Lunatic asylums Bombay report 1891-1903 - 1891-1903
Year: 1891
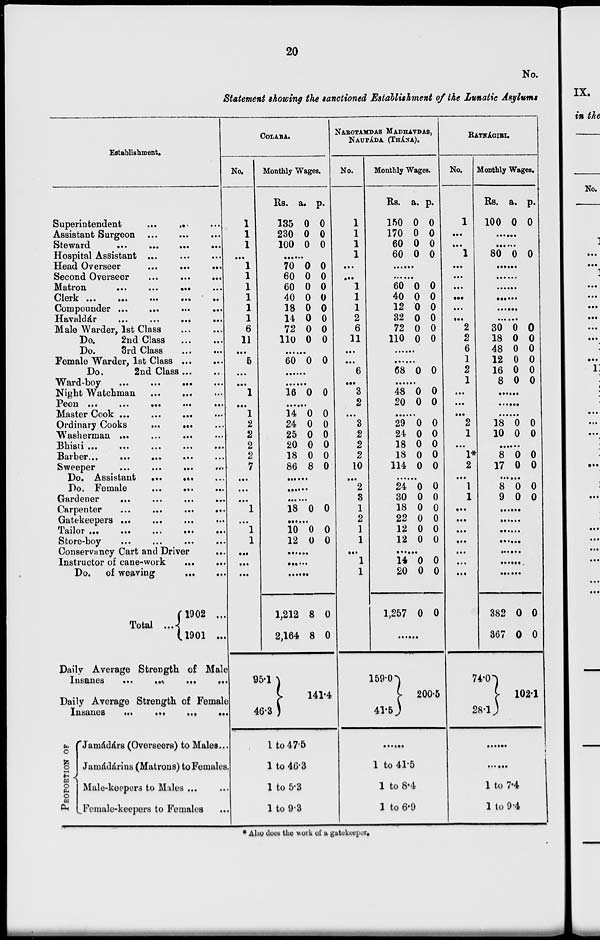
20
No.
Statement showing the sanctioned Establishment of the Lunatic Asylums
Establishment.
Superintendent ... ... ...
Assistant Surgeon ... ... ...
Steward
...
...
...
...
Hospital Assistant ... ... ...
Head Overseer
...
...
...
Second Overseer
...
...
...
Matron
...
...
...
...
Clerk
...
...
...
...
...
Compounder ... ... ... ...
Havaldár
...
...
...
...
Male Warder, 1st Class
...
...
Do.
2nd Class ... ...
Do.
3rd Class ... ...
Female Warder, 1st Class
...
...
Do.
2nd Class ... ...
Ward-boy
...
...
...
...
Night Watchman
...
...
...
Peon
...
...
...
...
...
Master Cook
...
...
...
...
Ordinary Cooks ... ... ...
Washerman ... ... ... ...
Bhisti ... ... ... ... ...
Barber
...
...
...
...
...
Sweeper
...
...
...
...
Do. Assistant ... ... ...
Do. Female
...
...
...
Gardener
...
...
...
...
Carpenter
...
...
...
...
Gatekeepers ... ... ... ...
Tailor
...
...
...
...
...
Store-boy ... ... ... ...
Conservancy Cart and Driver
...
Instructor of cane-work
...
...
Do. of weaving
...
...
Total ...
1902 ...
1901 ...
Daily Average Strength of Male
Insanes
...
...
...
...
Daily Average Strength of Female
Insanes
...
...
...
...
PROPORTION OF
Jamádárs (Overseers) to Males ...
Jamádárins (Matrons) to Females.
Male-keeprs to Males ... ...
Female-keepers to Females ...
COLABA.
No.
1
1
1
...
1
1
1
1
1
1
6
11
...
5
...
...
1
...
1
2
2
2
2
7
...
...
...
1
...
1
1
...
...
...
...
...
Monthly Wages.
Rs.
135
230
100
a.
0
0
0
p.
0
0
0
......
70
60
60
40
18
14
72
110
0
0
0
0
0
0
0
0
0
0
0
0
0
0
0
0
......
60 0 0
......
......
16 0 0
......
14
24
25
20
18
86
0
0
0
0
0
8
0
0
0
0
0
0
......
......
......
18 0 0
......
10
12
0
0
0
0
......
......
......
1,212
2,164
95.1
46.3
8
8
0
0
141.4
1 to 47.5
1 to 46.3
1 to 5.3
1 to 9.3
NAROTAMDAS MADHAVDAS,
NAUPÁDA. (THÁNA).
No.
1
1
1
1
...
...
1
1
1
2
6
11
...
...
6
...
3
2
...
3
2
2
2
10
...
2
8
1
2
1
1
...
1
1
Monthly Wages.
Rs.
150
170
60
60
a.
0
0
0
0
p.
0
0
0
0
......
......
60
40
12
32
72
110
0
0
0
0
0
0
0
0
0
0
0
0
......
......
68 0 0
......
48
20
0
0
0
0
......
29
24
18
18
114
0
0
0
0
0
0
0
0
0
0
......
24
30
18
22
12
12
0
0
0
0
0
0
0
0
0
0
0
0
......
14
20
1,257
0
0
0
0
0
0
......
159.0
41.5
200.5
......
1 to 41.5
1 to 8.4
1 to 6.9
RATNÁGIRI.
No.
1
...
...
1
...
...
...
...
...
...
2
2
6
1
2
1
...
...
...
2
1
...
1*
2
...
1
1
...
...
...
...
...
...
...
...
...
Monthly Wages.
Rs.
100
a.
0
p.
0
......
......
80 0 0
......
......
......
......
......
......
30
18
48
12
16
8
0
0
0
0
0
0
0
0
0
0
0
0
......
......
......
18
10
0
0
0
0
......
8
17
0
0
0
0
......
8
9
0
0
0
0
......
......
......
......
......
......
......
382
367
74.0
28.1
0
0
0
0
102.1
......
......
1 to 7.4
1 to 9.4
* Also does the work of a gatekeeper.